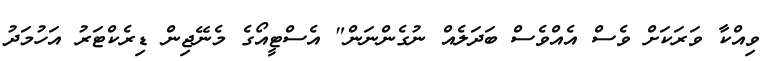
ވިއްކާ ވަރަކަށް ވެސް އެއްވެސް ބަދަލެއް ނުގެންނަން" އެސްޓީއޯގެ މެނޭޖިން ޑިރެކްޓަރު އަހުމަދު